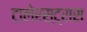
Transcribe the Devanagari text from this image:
टालेरस्ट्रास